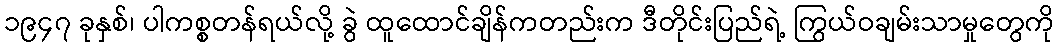
၁၉၄၇ ခုနှစ်၊ ပါကစ္စတန်ရယ်လို့ ခွဲ ထူထောင်ချိန်ကတည်းက ဒီတိုင်းပြည်ရဲ့ ကြွယ်ဝချမ်းသာမှုတွေကို